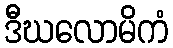
ဒီဃလောမိကံ